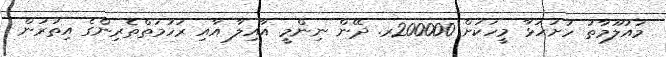
މައުލޫމާތު ހުށަހަޅާ މީހަކަށް 200000ރ. ދޭން ނިންމީ އާއިލާ އާއި ރަހުމަތްތެރިންގެ އިތުރުން